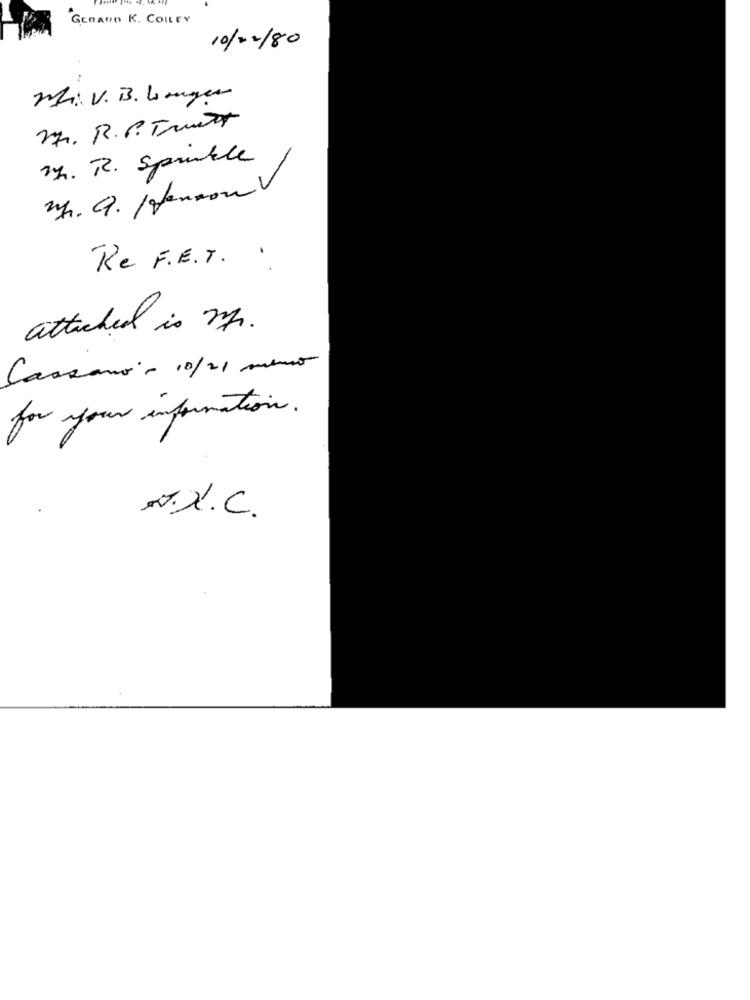
GERARD K. CourY
10/02/80
M. V. B. Lager
27. R.P. Truett
2h. R. Sprinkle
2h. a. / fenton
Re F.E.T.
attached is mr.
Cassano - 10/21 meno
for your information.
A.X.C.